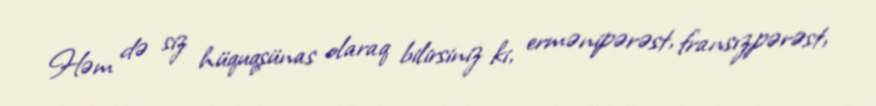
Həm də siz hüquqşünas olaraq bilirsiniz ki, ermənipərəst, fransızpərəst,